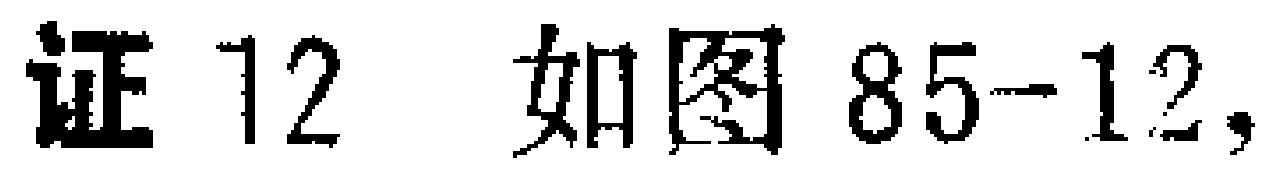
证 12 如图 85-12，